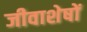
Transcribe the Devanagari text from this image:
जीवाशेषों